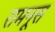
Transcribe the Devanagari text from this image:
रामनूस